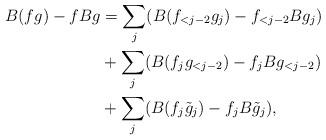
LaTeX: \begin{align*}B(fg) -f Bg & = \sum_j ( B(f_{<j-2} g_j) - f_{<j-2} B g_j) \\& + \sum_j ( B(f_j g_{<j-2}) - f_j Bg_{<j-2} ) \\& + \sum_j (B(f_j \tilde g_j) - f_j B\tilde g_j),\end{align*}